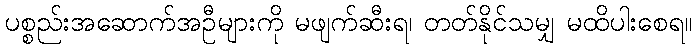
ပစ္စည်းအဆောက်အဦများကို မဖျက်ဆီးရ၊ တတ်နိုင်သမျှ မထိပါးစေရ။